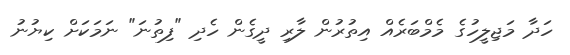
ހަދާ މަޖިލީހުގެ މެމްބަރެއް އިތުރުން ލާރި ދީގެން ހެދި "ފިތުނަ" ނަމަކަށް ކިޔުނު